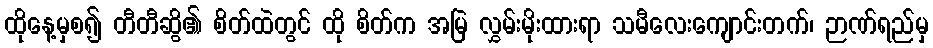
ထိုနေ့မှစ၍ တီတီဆွိ၏ စိတ်ထဲတွင် ထို စိတ်က အမြဲ လွှမ်းမိုးထားရာ သမီလေးကျောင်းတက်၊ ဉာဏ်ရည်မှ